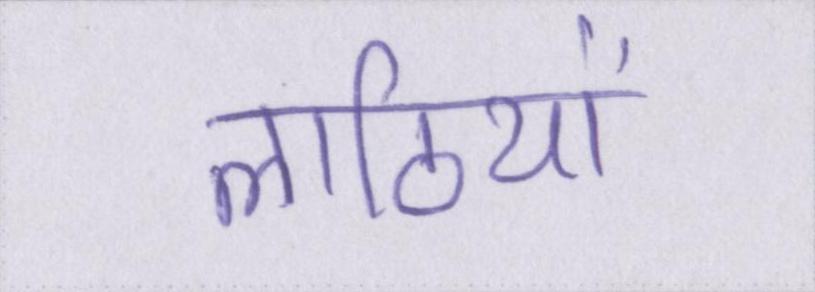
लाठियों